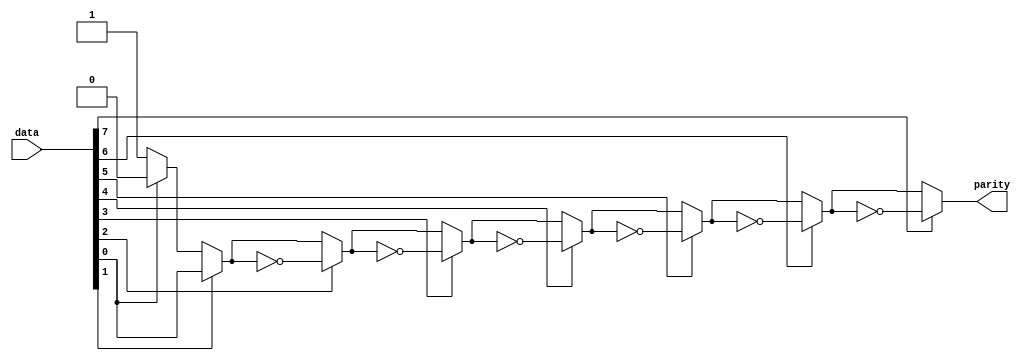
`timescale 1ns / 1ps
//////////////////////////////////////////////////////////////////////////////////
// Company: 
// Engineer: 
// 
// Design Name: 
// Module Name:    lab62 
// Project Name: 
// Target Devices: 
// Tool versions: 
// Description: 
//
// Dependencies: 
//
// Revision: 
// Revision 0.01 - File Created
// Additional Comments: 
//
//////////////////////////////////////////////////////////////////////////////////
module lab62(output reg parity, input [7:0] data);
integer k;
always@(data)
begin
parity = 1;
for (k = 0; k <= 7; k = k+1)
begin
if (data[k] == 1)
parity = ~parity;
end
end
endmodule